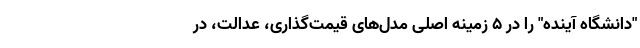
"دانشگاه آینده" را در ۵ زمینه اصلی مدل‌های قیمت‌گذاری، ‌عدالت، در